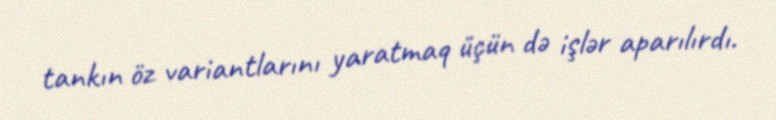
tankın öz variantlarını yaratmaq üçün də işlər aparılırdı.